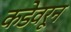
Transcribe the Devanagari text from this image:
कडेवरून